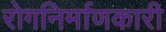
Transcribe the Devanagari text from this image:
रोगनिर्माणकारी